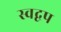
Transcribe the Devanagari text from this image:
स्वद्वप